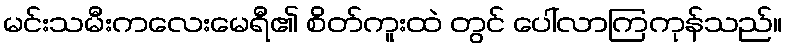
မင်းသမီးကလေးမေရီ၏ စိတ်ကူးထဲ တွင် ပေါ်လာကြကုန်သည်။